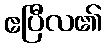
ဧပြီလ၏